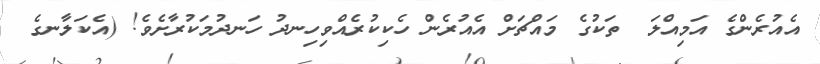
އެއުރެންގެ އަމިއްލަ  ތަކުގެ މައްޗަށް އެއުރެން ހެކިކުރެއްވިހިނދު ހަނދުމަކުރާށެވެ! (އެކަލާނގެ